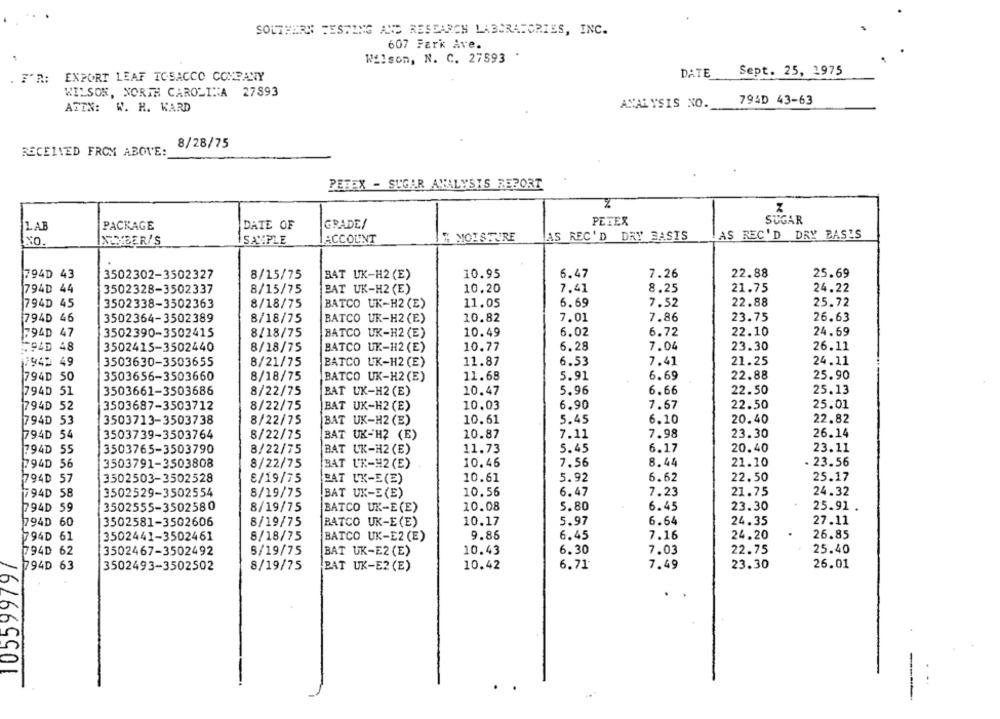
SOUTHERN TESTING AND RESEARCH LABORATORIES, INC.
607 Fark Ave.
Wilson, N. C. 27593
F'R: EXPORT LEAF TOBACCO COMPANY
DATE
Sept. 25, 1975
WILSON, NORTH CAROLINA 27893
794D 43-63
ATTN: W. H. WARD
ANALYSIS NO.
8/28/75
RECEIVED FROM ABOVE:
PETEX - SUGAR ANALYSIS REPORT
Z
PETEX
SUGAR
LAB
PACKAGE
DATE OF
GRADE/
" MOISTURE
AS REC'D DRY BASIS
LAS REC'D DRY BASIS
NO.
INCYBER/S
SAYPLE
ACCOUNT
10.95
6.47
7.26
22.88
25.69
794D 43
3502302-3502327
8/15/75
BAT UK-H2 (E)
794D 44
3502328-3502337
8/15/75
BAT UK-H2 (E)
10.20
7.41
8.25
21.75
24.22
25.72
794D 45
3502338-3502363
8/18/75
BATCO UK-H2 (E)
11.05
6.69
7.52
22.88
7.01
23.75
26.63
794D 46
3502364-3502389
8/18/75
BATCO UK-H2 (E)
10.82
7.86
794D 47
3502390-3502415
8/18/75
BATCO UK-H2 (E)
10.49
6.02
6.72
22.10
24.69
6.28
7.04
23.30
26.11
594D 48
3502415-3502440
8/18/75
BATCO UK-H2 (E)
10.77
7940 49
3503630-3503655
8/21/75
BATCO UK-H2 (E)
11.87
6.53
7.41
21.25
24.11
794D 50
3503656-3503660
8/18/75
BATCO UK-H2 (E)
11.68
5.91
6.69
22.88
25.90
794D 51
3503661-3503686
8/22/75
BAT UK-H2 (E)
10.47
5.96
6.66
22.50
25.13
794D 52
3503687-3503712
8/22/75
BAT UK-H2 (E)
10.03
6.90
7.67
22.50
25.01
794D 53
3503713-3503738
8/22/75
BAT UK-H2 (E)
10.61
5.45
6.10
20.40
22.82
794D 54
3503739-3503764
8/22/75
BAT UK-H2 (E)
10.87
7.11
7.98
23.30
26.14
794D 55
3503765-3503790
8/22/75
BAT UK-H2 (E)
11.73
5.45
6.17
20.40
23.11
8.44
1794D 56
3503791-3503808
8/22/75
BAT UR-H2 (E)
10.46
7.56
21.10
. 23.56
794D 57
3502503-3502528
8/19/75
BAT UK-E(E)
10.61
5.92
6.62
22.50
25.17
794D 58
3502529-3502554
8/19/75
BAT UK-E(E)
10.56
6.47
7.23
21.75
24.32
794D 59
3502555-3502580
8/19/75
BATCO UK-E (E)
10.08
5.80
6.45
23.30
25.91
794D 60
3502581-3502606
8/19/75
BATCO UK-E(E)
10.17
5.97
6.64
24.35
27.11
794D 61
3502441-3502461
8/18/75
BATCO UK-E2 (E)
9.85
6.45
7.16
24.20
26.85
794D 62
3502467-3502492
8/19/75
BAT UK-E2 (E)
10.43
6.30
7.03
22.75
25.40
105599797
794D 63
3502493-3502502
8/19/75
BAT UK-E2 (E)
10.42
6.71
7.49
23.30
26.01